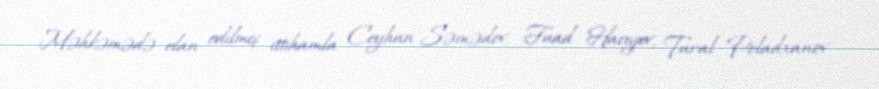
Məhkəmədə elan edilmiş ittihamla Ceyhun Səmədov, Fuad Hacıyev, Tural Poladxanov